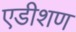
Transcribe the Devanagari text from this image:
एडीशण